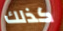
كذلك